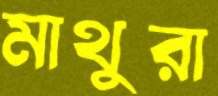
মাথুরা